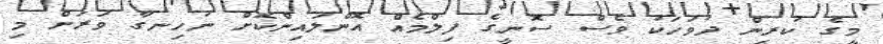
މީގެ ކުރިން ދުވަހަކު ވެސް ސޮނީގެ ފިލްމެއް އޮންލައިންކޮށް ނުހިނގާ ވަރަށް މި